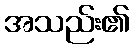
အသည်း၏